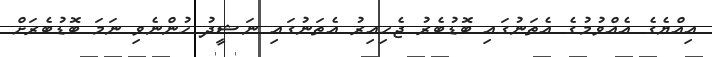
އިއްޔެގެ އެއްވުމުގެ އެތަނުގައި ބޮޑުބެރު ޖެހިއިރު އެތަނުގައި ނަޝީދު ހުންނެވި ނަމަ ބޮޑުބެރަށް